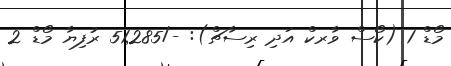
މޯޑް 1 (ކޯސް ވާރކް އަދި ރިސާޗް): -/51